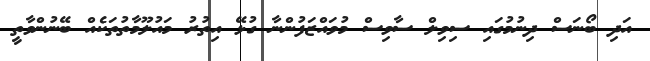
އަދި ބޯނަސް ދިނުމުގައި ސިވިލް ސާވިސް މުވައްޒަފުންނާ ގުޅޭ އިތުރު މައުލޫމާތުތަކެއް ބޭނުންވާތީ